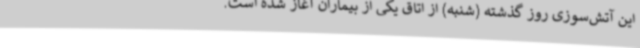
این آتش‌سوزی روز گذشته (شنبه) از اتاق یکی از بیماران آغاز شده است.